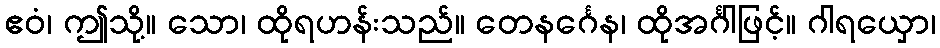
ဧဝံ၊ ဤသို့။ သော၊ ထိုရဟန်းသည်။ တေနင်္ဂေန၊ ထိုအင်္ဂါဖြင့်။ ဂါရယှော၊